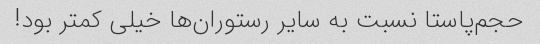
حجم‌پاستا نسبت به سایر رستوران‌ها خیلی کمتر بود!